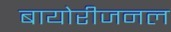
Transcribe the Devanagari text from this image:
बायोरीजनल